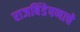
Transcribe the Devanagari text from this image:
राजबिंडेपणाचे